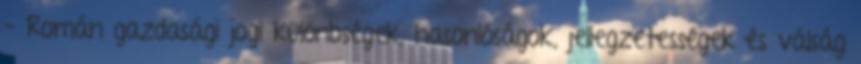
– Román gazdasági jogi különbségek, hasonlóságok, jellegzetességek és válság